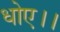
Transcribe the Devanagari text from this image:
धोए।।